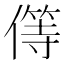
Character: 𠎬